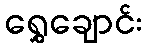
ရွှေချောင်း